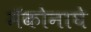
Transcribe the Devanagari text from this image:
मॅकोनाघे